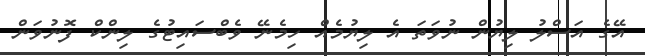
އޭގެ އަސްލު ލިޔުން ނުވަތަ އެ ލިޔުމެއް ހިމެނޭ ވެބްސައިޓުގެ ލިންކް ފޮނުވަން